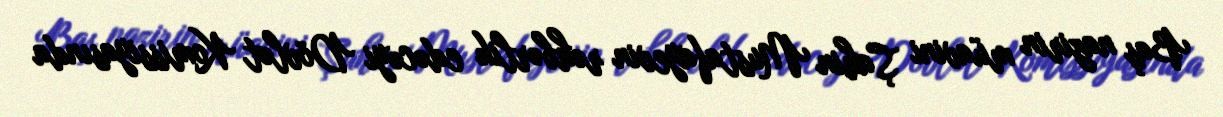
Baş nazirin müavini Şahin Mustafayevin rəhbərlik edəcəyi Dövlət Komissiyasında